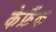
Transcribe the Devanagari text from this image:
केफ्रैंक